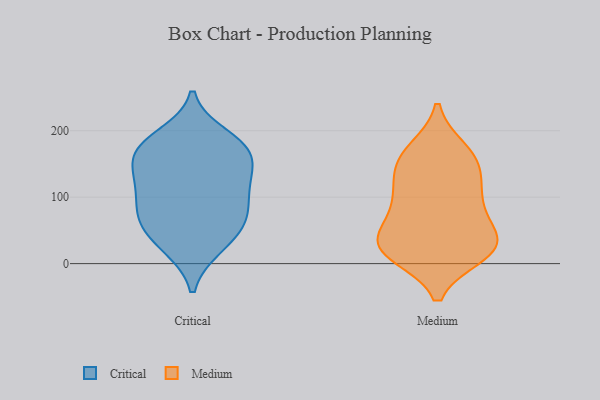
{"axis": {"x": "Page Views", "y": "Value"}, "legend": ["Critical", "Medium"], "data": [{"x": "", "y": 109, "type": "Critical"}, {"x": "", "y": 164, "type": "Critical"}, {"x": "", "y": 24, "type": "Critical"}, {"x": "", "y": 182, "type": "Critical"}, {"x": "", "y": 161, "type": "Critical"}, {"x": "", "y": 52, "type": "Critical"}, {"x": "", "y": 122, "type": "Critical"}, {"x": "", "y": 67, "type": "Critical"}, {"x": "", "y": 86, "type": "Critical"}, {"x": "", "y": 167, "type": "Critical"}, {"x": "", "y": 129, "type": "Critical"}, {"x": "", "y": 192, "type": "Critical"}, {"x": "", "y": 123, "type": "Critical"}, {"x": "", "y": 69, "type": "Critical"}, {"x": "", "y": 174, "type": "Critical"}, {"x": "", "y": 24, "type": "Critical"}, {"x": "", "y": 67, "type": "Critical"}, {"x": "", "y": 30, "type": "Medium"}, {"x": "", "y": 34, "type": "Medium"}, {"x": "", "y": 168, "type": "Medium"}, {"x": "", "y": 16, "type": "Medium"}, {"x": "", "y": 33, "type": "Medium"}, {"x": "", "y": 26, "type": "Medium"}, {"x": "", "y": 90, "type": "Medium"}, {"x": "", "y": 80, "type": "Medium"}, {"x": "", "y": 171, "type": "Medium"}, {"x": "", "y": 17, "type": "Medium"}, {"x": "", "y": 140, "type": "Medium"}, {"x": "", "y": 156, "type": "Medium"}, {"x": "", "y": 109, "type": "Medium"}, {"x": "", "y": 48, "type": "Medium"}, {"x": "", "y": 96, "type": "Medium"}, {"x": "", "y": 14, "type": "Medium"}, {"x": "", "y": 139, "type": "Medium"}]}